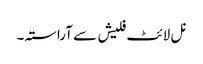
نل لائٹ فلیش سے آراستہ۔